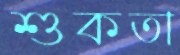
শুকতা